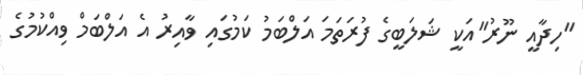
"ހިދާއީ ނޫރު"އަކީ ޝަލަބީގެ ފުރަތަމަ އަލްބަމު ކަމުގައި ވާއިރު އެ އަލްބަމް ވިއްކުމުގެ